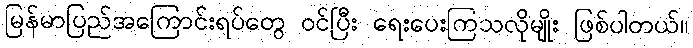
မြန်မာပြည်အကြောင်းရပ်တွေ ဝင်ပြီး ရေးပေးကြသလိုမျိုး ဖြစ်ပါတယ်။